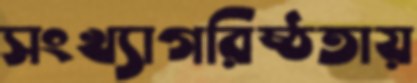
সংখ্যাগরিষ্ঠতায়